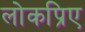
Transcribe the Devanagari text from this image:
लोकप्रिए